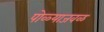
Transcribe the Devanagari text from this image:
पोळ्याजवळ